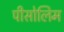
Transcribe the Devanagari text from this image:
पीसोलिम